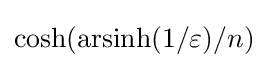
\cosh(\mathrm {arsinh} (1/\varepsilon )/n)